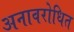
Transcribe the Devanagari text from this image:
अनावरोधित